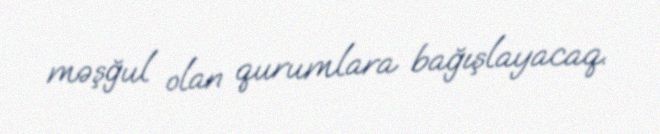
məşğul olan qurumlara bağışlayacaq.